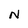
Character: N